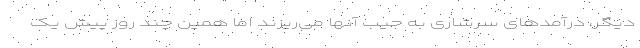
دیگر، درآمدهای سرشاری به جیب آنها می‌ریزند اما همین چند روز پیش یک